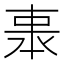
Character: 𠁱